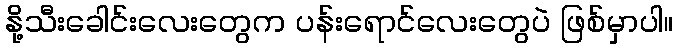
နို့သီးခေါင်းလေးတွေက ပန်းရောင်လေးတွေပဲ ဖြစ်မှာပါ။